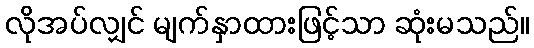
လိုအပ်လျှင် မျက်နှာထားဖြင့်သာ ဆုံးမသည်။